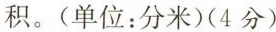
积。(单位：分米)(4分)